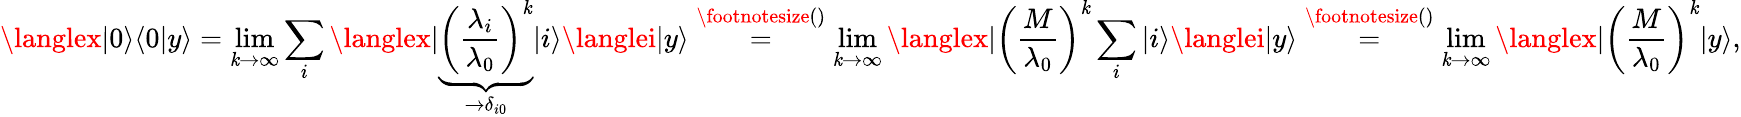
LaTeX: \langlex|0\rangle\langle0|y\rangle=\operatorname*{lim}_{\mathit{k}\to\infty}\sum_{i}\langlex|\underbrace{{\left(\frac{{\lambda_{i}}}{{\lambda_{0}}}\right)^{\mathit{k}}}}_{\to\delta_{i0}}|i\rangle\langlei|y\rangle\overset{\footnotesize()}{=}\operatorname*{lim}_{\mathit{k}\to\infty}\langlex|\left(\frac{{M}}{{\lambda_{0}}}\right)^{\mathit{k}}\sum_{i}|i\rangle\langlei|y\rangle\overset{\footnotesize()}{=}\operatorname*{lim}_{\mathit{k}\to\infty}\langlex|\left(\frac{{M}}{{\lambda_{0}}}\right)^{\mathit{k}}|y\rangle,